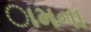
ામના